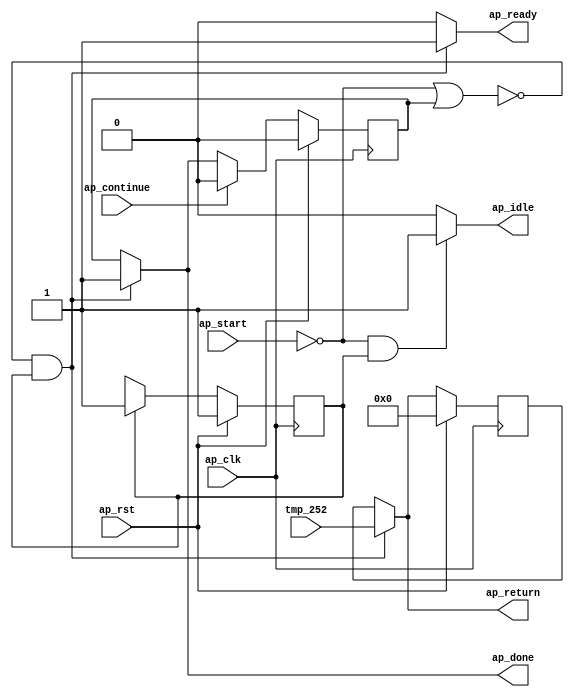
`define EXPONENT 5
`define MANTISSA 10
`define ACTUAL_MANTISSA 11
`define EXPONENT_LSB 10
`define EXPONENT_MSB 14
`define MANTISSA_LSB 0
`define MANTISSA_MSB 9
`define MANTISSA_MUL_SPLIT_LSB 3
`define MANTISSA_MUL_SPLIT_MSB 9
`define SIGN 1
`define SIGN_LOC 15
`define DWIDTH (`SIGN+`EXPONENT+`MANTISSA)
`define IEEE_COMPLIANCE 1

module td_fused_top_Block_entry_proc_proc500 (
        ap_clk,
        ap_rst,
        ap_start,
        ap_done,
        ap_continue,
        ap_idle,
        ap_ready,
        tmp_252,
        ap_return
);

parameter    ap_ST_fsm_state1 = 1'd1;

input   ap_clk;
input   ap_rst;
input   ap_start;
output   ap_done;
input   ap_continue;
output   ap_idle;
output   ap_ready;
input  [15:0] tmp_252;
output  [15:0] ap_return;

reg ap_done;
reg ap_idle;
reg ap_ready;
reg[15:0] ap_return;

reg    ap_done_reg;
  reg   [0:0] ap_CS_fsm;
wire    ap_CS_fsm_state1;
reg    ap_block_state1;
reg   [15:0] ap_return_preg;
reg   [0:0] ap_NS_fsm;
wire    ap_ce_reg;

// power-on initialization
initial begin
#0 ap_done_reg = 1'b0;
#0 ap_CS_fsm = 1'd1;
#0 ap_return_preg = 16'd0;
end

always @ (posedge ap_clk) begin
    if (ap_rst == 1'b1) begin
        ap_CS_fsm <= ap_ST_fsm_state1;
    end else begin
        ap_CS_fsm <= ap_NS_fsm;
    end
end

always @ (posedge ap_clk) begin
    if (ap_rst == 1'b1) begin
        ap_done_reg <= 1'b0;
    end else begin
        if ((ap_continue == 1'b1)) begin
            ap_done_reg <= 1'b0;
        end else if ((~((ap_start == 1'b0) | (ap_done_reg == 1'b1)) & (1'b1 == ap_CS_fsm_state1))) begin
            ap_done_reg <= 1'b1;
        end
    end
end

always @ (posedge ap_clk) begin
    if (ap_rst == 1'b1) begin
        ap_return_preg <= 16'd0;
    end else begin
        if ((~((ap_start == 1'b0) | (ap_done_reg == 1'b1)) & (1'b1 == ap_CS_fsm_state1))) begin
            ap_return_preg <= tmp_252;
        end
    end
end

always @ (*) begin
    if ((~((ap_start == 1'b0) | (ap_done_reg == 1'b1)) & (1'b1 == ap_CS_fsm_state1))) begin
        ap_done = 1'b1;
    end else begin
        ap_done = ap_done_reg;
    end
end

always @ (*) begin
    if (((ap_start == 1'b0) & (1'b1 == ap_CS_fsm_state1))) begin
        ap_idle = 1'b1;
    end else begin
        ap_idle = 1'b0;
    end
end

always @ (*) begin
    if ((~((ap_start == 1'b0) | (ap_done_reg == 1'b1)) & (1'b1 == ap_CS_fsm_state1))) begin
        ap_ready = 1'b1;
    end else begin
        ap_ready = 1'b0;
    end
end

always @ (*) begin
    if ((~((ap_start == 1'b0) | (ap_done_reg == 1'b1)) & (1'b1 == ap_CS_fsm_state1))) begin
        ap_return = tmp_252;
    end else begin
        ap_return = ap_return_preg;
    end
end

always @ (*) begin
    case (ap_CS_fsm)
        ap_ST_fsm_state1 : begin
            ap_NS_fsm = ap_ST_fsm_state1;
        end
        default : begin
            ap_NS_fsm = 'bx;
        end
    endcase
end

assign ap_CS_fsm_state1 = ap_CS_fsm[32'd0];

always @ (*) begin
    ap_block_state1 = ((ap_start == 1'b0) | (ap_done_reg == 1'b1));
end

endmodule //td_fused_top_Block_entry_proc_proc500